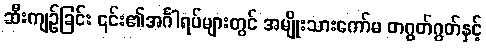
ဆီးကျဉ်ခြင်း ၎င်း၏အင်္ဂါရပ်များတွင် အမျိုးသားကော်မ တဂွတ်ဂွတ်နှင့်